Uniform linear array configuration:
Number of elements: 64
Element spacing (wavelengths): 0.5
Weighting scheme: blackman
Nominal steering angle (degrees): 0
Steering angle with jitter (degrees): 0.6858
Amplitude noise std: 0.05
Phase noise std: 0.05

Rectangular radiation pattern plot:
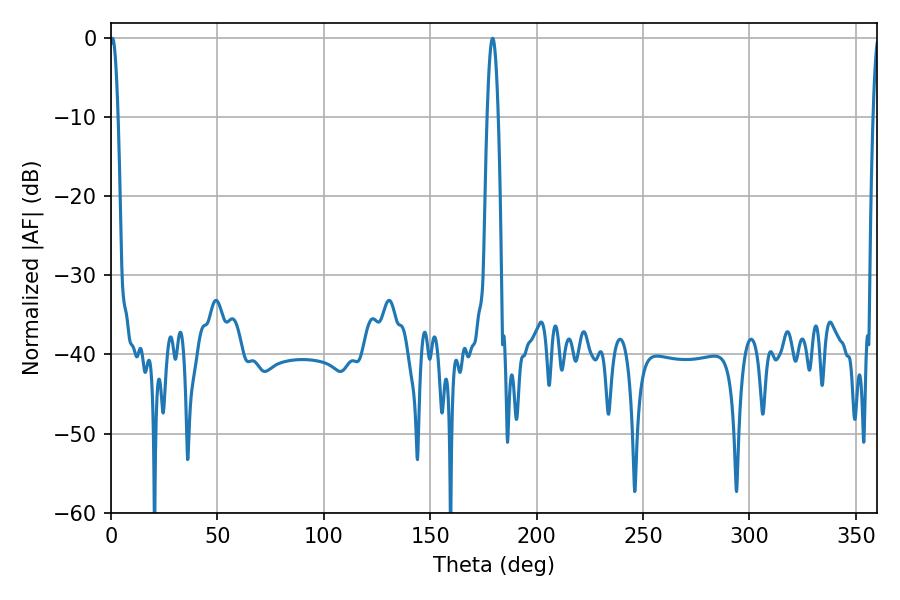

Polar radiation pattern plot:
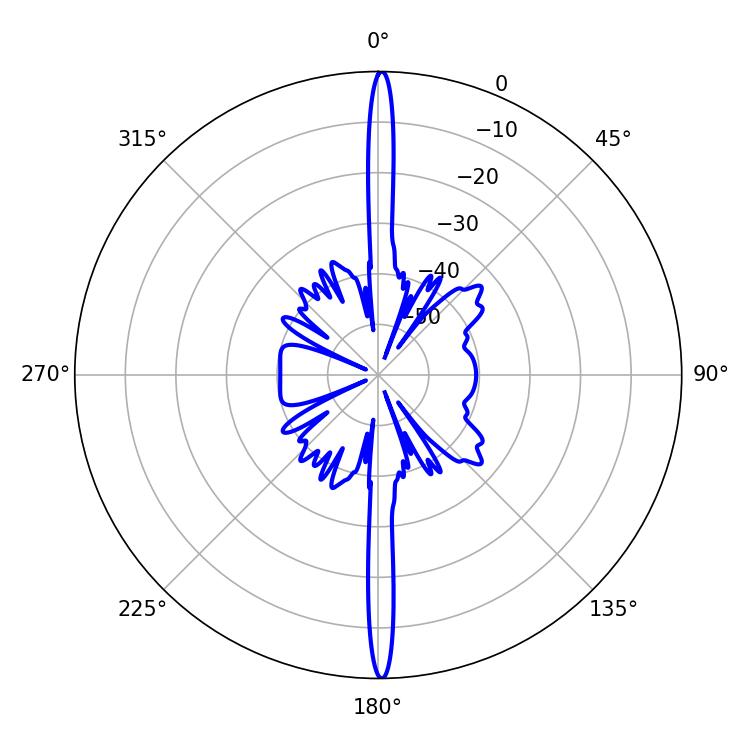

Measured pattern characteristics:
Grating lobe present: FALSE
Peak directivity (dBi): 31.581
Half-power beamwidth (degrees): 2.88
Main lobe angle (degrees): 179.28